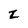
Character: Z